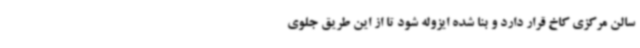
سالن مرکزی کاخ قرار دارد و بنا شده ایزوله شود تا از این طریق جلوی